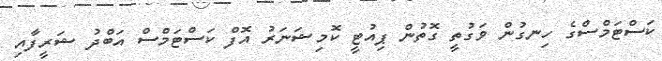
ކަސްޓަމްސްގެ ހިނގުން ވަގުތީ ގޮތުން ޕިއުޓީ ކޮމިޝަނަރު އޮފް ކަސްޓަމްސް އަބްދު ޝަރީފާއި